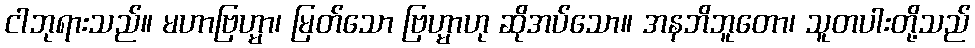
ငါဘုရားသည်။ မဟာဗြဟ္မာ၊ မြတ်သော ဗြဟ္မာဟု ဆိုအပ်သော။ အနဘိဘူတော၊ သူတပါးတို့သည်